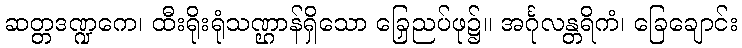
ဆတ္တဒဏ္ဍကေ၊ ထီးရိုးရုံသဏ္ဌာန်ရှိသော ခြေညှပ်ဖု၌။ အင်္ဂုလန္တရိကံ၊ ခြေချောင်း